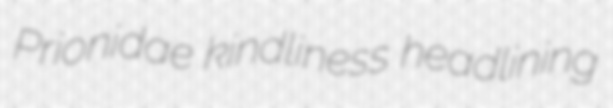
Prionidae kindliness headlining